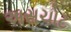
અસચોટ